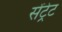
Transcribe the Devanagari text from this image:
सेंट्रेट